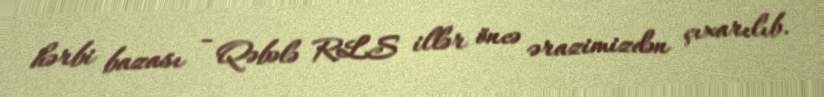
hərbi bazası - Qəbələ RLS illər öncə ərazimizdən çıxarılıb.